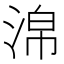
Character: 淿